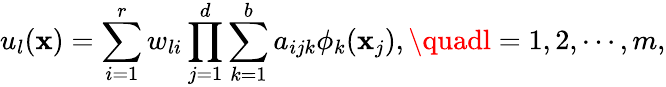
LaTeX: u_{l}(\mathbf{x})=\sum_{i=1}^{r}w_{li}\prod_{j=1}^{d}\sum_{k=1}^{b}a_{ijk}\phi_{k}(\mathbf{x}_{j}),\quadl=1,2,\cdots,m,